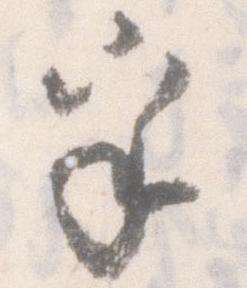
乎